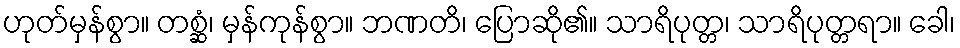
ဟုတ်မှန်စွာ။ တစ္ဆံ၊ မှန်ကုန်စွာ။ ဘဏတိ၊ ပြောဆို၏။ သာရိပုတ္တ၊ သာရိပုတ္တရာ။ ခေါ၊